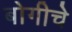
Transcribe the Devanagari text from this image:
बोगीचे